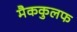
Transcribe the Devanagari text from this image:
मैककुलफ